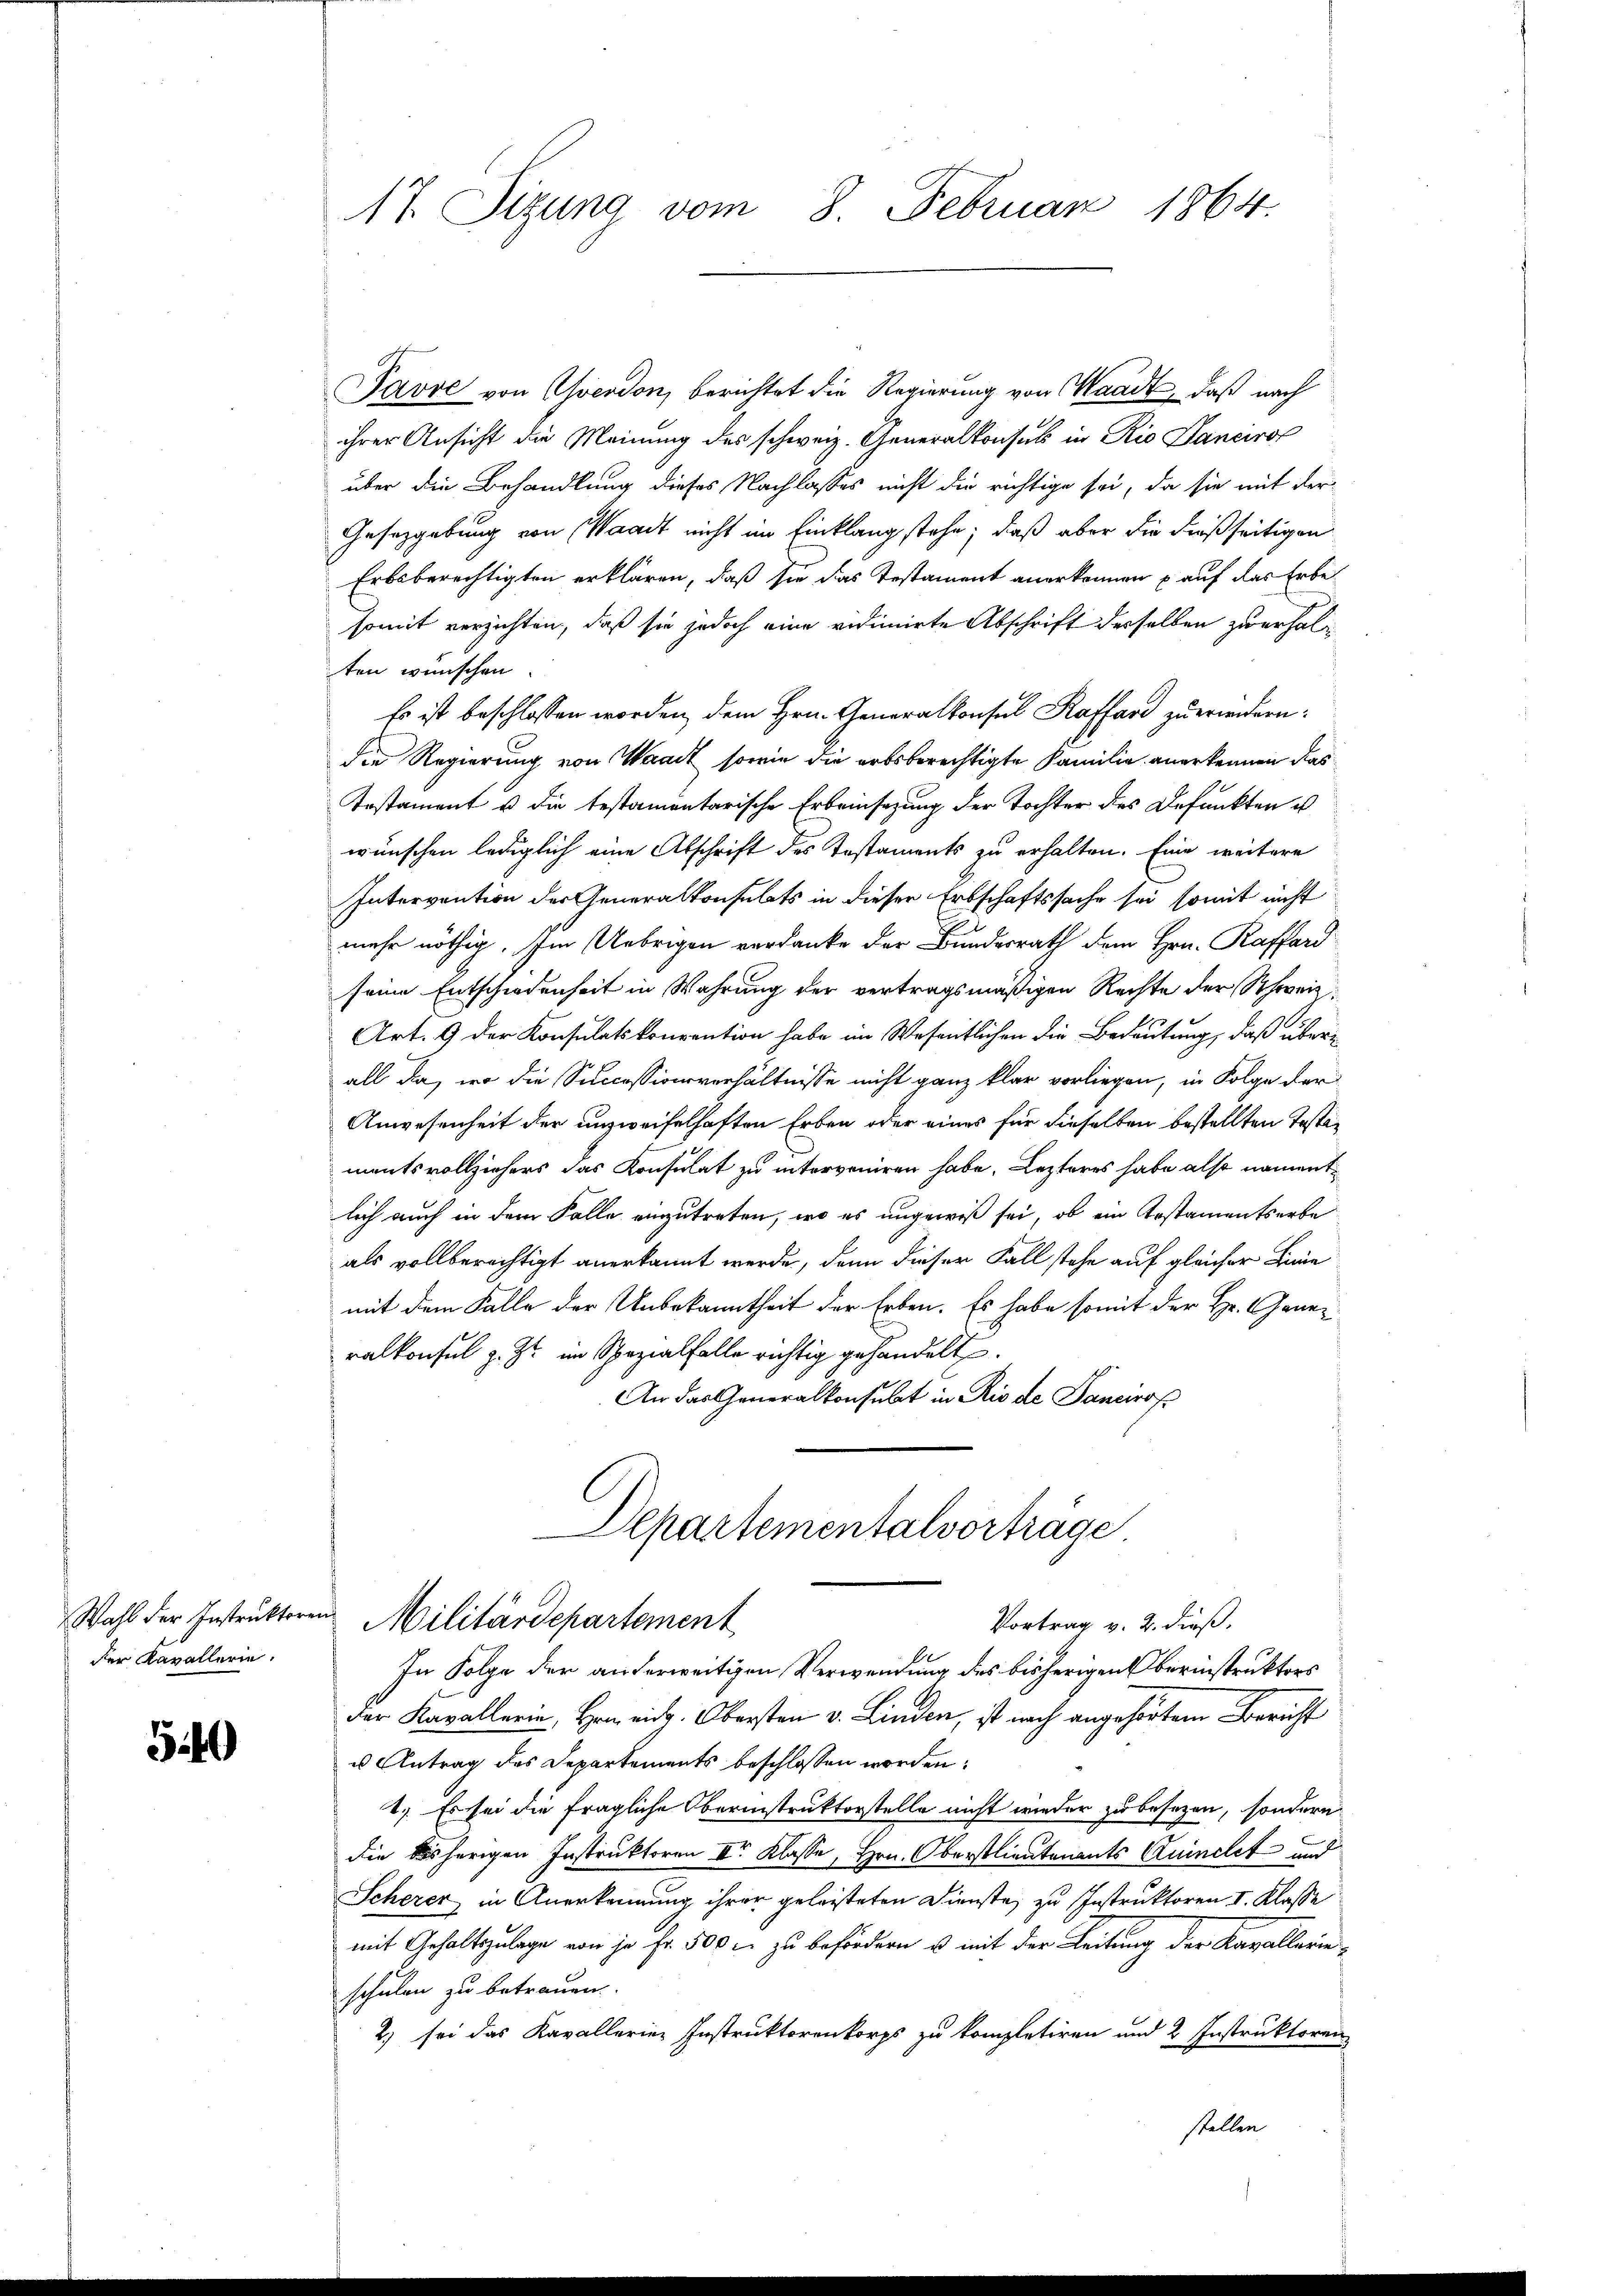
der Kavallerie.

540

17. Sizung vom 8. Februar 1864.

Pavre von Yverdon, berichtet die Regierung von Waadt, daß nach
ihrer Ansicht die Meinung des schweiz. Generalkonsul in Rio Janeirof
über die Behandlung dieses Nachlasses nicht die richtige sei, da sie mit der
Gesetzgebung von Waadt nicht im Einklang stehe; daß aber die dießseitigen
Erbsberechtigten erklären, daß sie das Testament anerkennen auf das Erbe
somit verzichten, daß sie jedoch eine vidimirte Abschrift derselben zuerhalten wünschen.
Es ist beschlossen worden, dem Hrn. Generalkonsul Kaffend zu erwidern:
die Regierung von Waadt sowie die erbsberechtigte Familie anerkennen das
Tostament u die testamentarische Erbeinsatzung der Tochter des Befunkten u
wünschen lediglich eine Abschrift des Testaments zu erhalten. Eine weitere
Intervention der Generalkonsulats in dieser Erbschaftssache sei somit nicht
mehr nöthig. Im Uebrigen verdanke der Bundesrath dem Hrn. Raffard
seine Entschiedenheit in Wahrung der vertragsmäßigen Rechte der Schweiz
Art. 9 der Konsulatskonvention habe im Wesentlichen die Bedeutung, daß über
all da, wo die Successionsverhältnisse nicht ganz klar vorliegen, in Folge der
Anwesenheit der unzweifelhaften Erben oder eines für dieselben bestellten Testamentsvollziehers das Konsulat zu interveniren habe. Lezteres habe also nament
lich auch in dem Falle einzutreten, wo es ungewiß sei, ob ein Instamentserbe
als vollberechtigt anerkannt werde, dann dieser Fall stehe auf gleicher Bene
mit dem Falle der Unbekanntheit der Erben. Es habe somit der Hr. Generralkonsul z. Zt. im Spezialfalle richtig gehandelt.
An das Generalkonsulat in Rio de Sancirop
Departementalvorträge
Wahl der Instruktoren Militärdepartement
Vortrag v. 2. dieß.
1
In Folge der anderweitigen Verwendung des bisherigen berinstrukters
der Kavallerie, Hrn. eid. Obersten v. Linden, ist nach angehörtem Bericht
us Antrag des Departements beschlossen worden:
1.) Es sei die fragliche Oberinstruktorstelle nicht wieder zu besezen, sondern
die bisherigen Instruktoren Ir Klasse, Hrn. Oberstlieutenants Quinclet und
Scherer, in Anerkennung ihrer geleisteten Dienste, zu Instruktoren I. Klasse
mit Gehaltszulage von je Fr. 500 r. zu befördern u. mit der Leitung der Kavallerieschulen zu betrauen.
2) sei das Kavallerien Instruktorenkorps zu kompletiren und 2 Instruktoren
stellen.